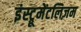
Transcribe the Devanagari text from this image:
इंस्ट्रूमेंटलिज़म